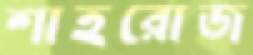
শাহরোজ